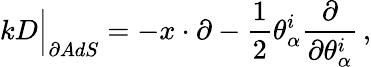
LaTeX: kD\Big\vert_{\partial AdS}=-x\cdot\partial-\frac{1}{2}\theta_{\alpha}^{i}\frac{\partial}{\partial\theta_{\alpha}^{i}}\, ,